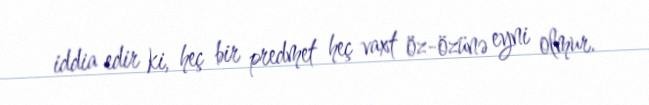
iddia edir ki, heç bir predmet heç vaxt öz-özünə eyni olmur.